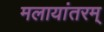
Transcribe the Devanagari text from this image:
मलायांतरम्‌